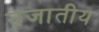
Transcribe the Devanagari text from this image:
न्रजातीय